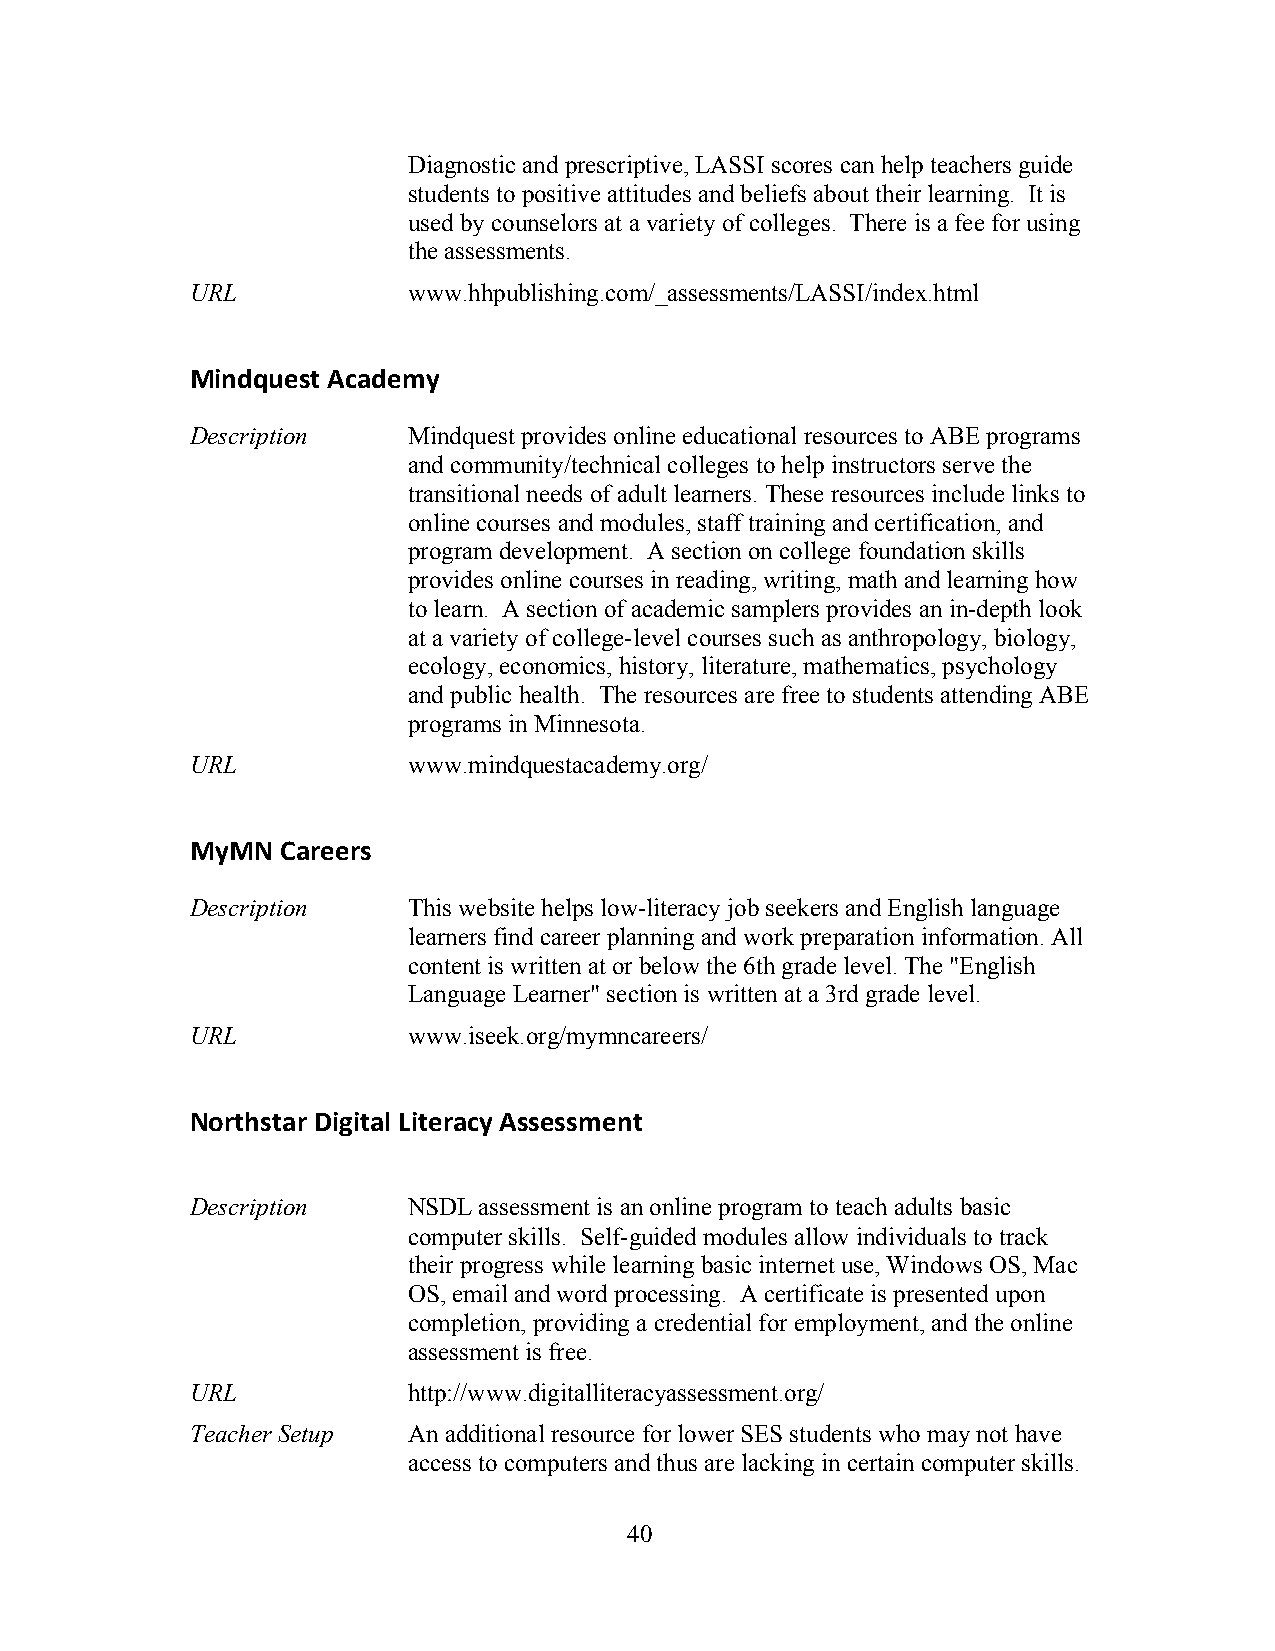
Diagnostic and prescriptive, LASSI scores can help teachers guide
 students to positive attitudes and beliefs about their learning. It is
 used by counselors at a variety of colleges. There is a fee for using
 the assessments.
 URL           www.hhpublishing.com/_assessments/LASSI/index.html
 Mindquest Academy
 Description   Mindquest provides online educational resources to ABE programs
 and community/technical colleges to help instructors serve the
 transitional needs of adult learners. These resources include links to
 online courses and modules, staff training and certification, and
 program development. A section on college foundation skills
 provides online courses in reading, writing, math and learning how
 to learn. A section of academic samplers provides an in-depth look
 at a variety of college-level courses such as anthropology, biology,
 ecology, economics, history, literature, mathematics, psychology
 and public health. The resources are free to students attending ABE
 programs in Minnesota.
 URL           www.mindquestacademy.org/
 MyMN  Careers
 Description   This website helps low-literacy job seekers and English language
 learners find career planning and work preparation information. All
 content is written at or below the 6th grade level. The "English
 Language Learner" section is written at a 3rd grade level.
 URL           www.iseek.org/mymncareers/
 Northstar Digital Literacy Assessment
 Description   NSDL assessment is an online program to teach adults basic
 computer skills. Self-guided modules allow individuals to track
 their progress while learning basic internet use, Windows OS, Mac
 OS, email and word processing. A certificate is presented upon
 completion, providing a credential for employment, and the online
 assessment is free.
 URL           http://www.digitalliteracyassessment.org/
 Teacher Setup An additional resource for lower SES students who may not have
 access to computers and thus are lacking in certain computer skills.
 4 0